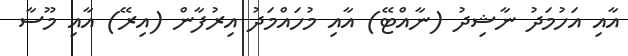
އާއި އަހުމަދު ނާޝިދު (ނާއްޓޭ) އާއި މުހައްމަދު އިރުފާން (އިރޭ) އާއި މޫސާ